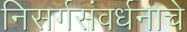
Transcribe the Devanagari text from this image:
निसर्गसंवर्धनाचे